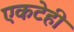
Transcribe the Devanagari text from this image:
एकटेही